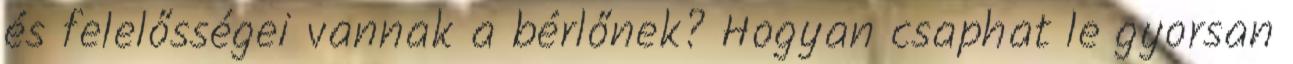
és felelősségei vannak a bérlőnek? Hogyan csaphat le gyorsan